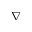
\nabla